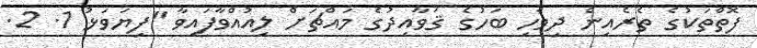
ފޮތްތަކުގެ ތެރެއިން ދިވެހި ބަހުގެ ޤަވާއިދުގެ މައްޗަށް ލިއުއްވާފައިވާ "ފިޔަވަޅު 1. 2.